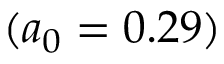
( a _ { 0 } = 0 . 2 9 )